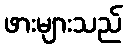
ဖားများသည်